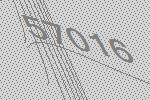
57016